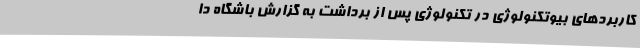
کاربردهای بیوتکنولوژی در تکنولوژی پس از برداشت به گزارش باشگاه دا